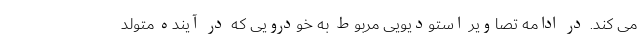
می کند. در ادامه تصاویر استودیویی مربوط به خودرویی که در آینده متولد